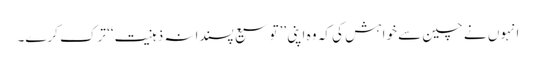
انہوں نے چین سے خواہش کی کہ وہ اپنی ’’توسیع پسندانہ ذہنیت‘‘ ترک کرے۔